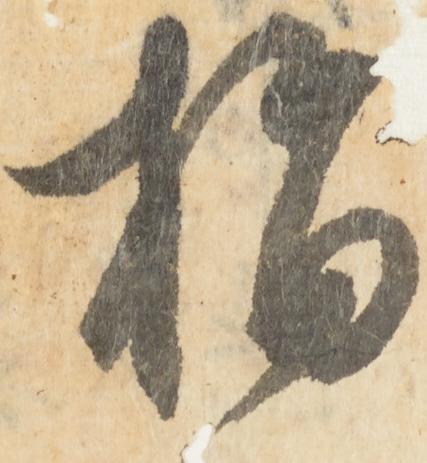
指